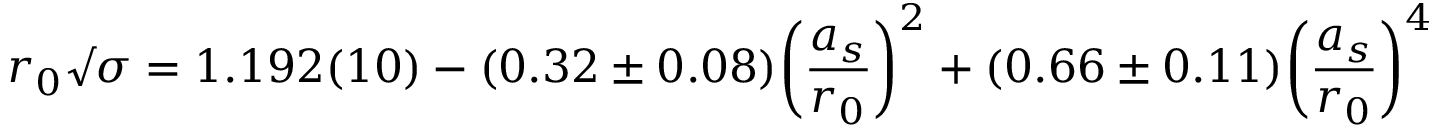
r _ { 0 } \surd \sigma = 1 . 1 9 2 ( 1 0 ) - ( 0 . 3 2 \pm 0 . 0 8 ) \biggl ( { \frac { a _ { s } } { r _ { 0 } } } \biggr ) ^ { 2 } + ( 0 . 6 6 \pm 0 . 1 1 ) \biggl ( { \frac { a _ { s } } { r _ { 0 } } } \biggr ) ^ { 4 }